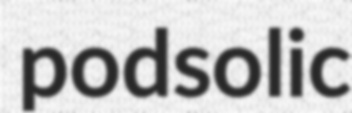
podsolic